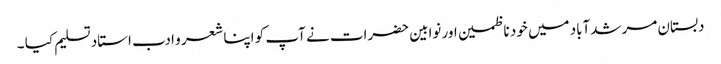
دبستان مرشدآباد میں خود ناظمین اور نوابین حضرات نے آپ کو اپنا شعر و ادب استاد تسلیم کیا ۔